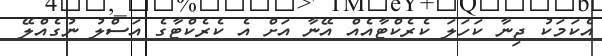
އެކަމަކު ޖިނާ ކަހަލަ ކެރެކްޓާއެއް އޭނާ އަށް އެ ކެރެކްޓާގެ އަސްލު ނުގެއްލޭ